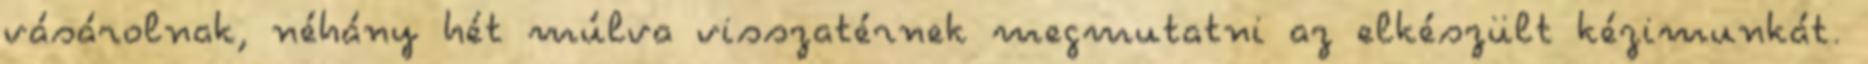
vásárolnak, néhány hét múlva visszatérnek megmutatni az elkészült kézimunkát.